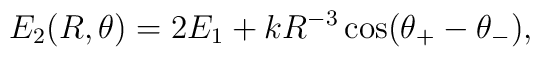
E_2(R,\theta) = 2E_1 + k R^{-3} \cos(\theta_+ - \theta_-),